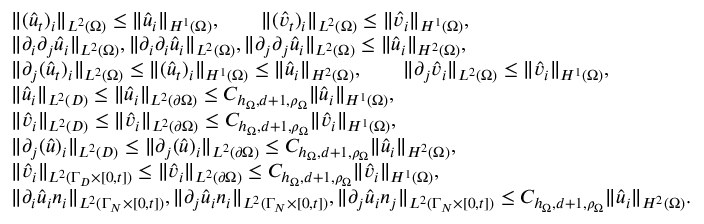
\begin{array} { r l } & { \| ( \hat { u } _ { t } ) _ { i } \| _ { L ^ { 2 } ( \Omega ) } \leq \| \hat { u } _ { i } \| _ { H ^ { 1 } ( \Omega ) } , \qquad \| ( \hat { v } _ { t } ) _ { i } \| _ { L ^ { 2 } ( \Omega ) } \leq \| \hat { v } _ { i } \| _ { H ^ { 1 } ( \Omega ) } , } \\ & { \| \partial _ { i } \partial _ { j } \hat { u } _ { i } \| _ { L ^ { 2 } ( \Omega ) } , \| \partial _ { i } \partial _ { i } \hat { u } _ { i } \| _ { L ^ { 2 } ( \Omega ) } , \| \partial _ { j } \partial _ { j } \hat { u } _ { i } \| _ { L ^ { 2 } ( \Omega ) } \leq \| \hat { u } _ { i } \| _ { H ^ { 2 } ( \Omega ) } , } \\ & { \| \partial _ { j } ( \hat { u } _ { t } ) _ { i } \| _ { L ^ { 2 } ( \Omega ) } \leq \| ( \hat { u } _ { t } ) _ { i } \| _ { H ^ { 1 } ( \Omega ) } \leq \| \hat { u } _ { i } \| _ { H ^ { 2 } ( \Omega ) } , \qquad \| \partial _ { j } \hat { v } _ { i } \| _ { L ^ { 2 } ( \Omega ) } \leq \| \hat { v } _ { i } \| _ { H ^ { 1 } ( \Omega ) } , } \\ & { \| \hat { u } _ { i } \| _ { L ^ { 2 } ( D ) } \leq \| \hat { u } _ { i } \| _ { L ^ { 2 } ( \partial \Omega ) } \leq C _ { h _ { \Omega } , d + 1 , \rho _ { \Omega } } \| \hat { u } _ { i } \| _ { H ^ { 1 } ( \Omega ) } , } \\ & { \| \hat { v } _ { i } \| _ { L ^ { 2 } ( D ) } \leq \| \hat { v } _ { i } \| _ { L ^ { 2 } ( \partial \Omega ) } \leq C _ { h _ { \Omega } , d + 1 , \rho _ { \Omega } } \| \hat { v } _ { i } \| _ { H ^ { 1 } ( \Omega ) } , } \\ & { \| \partial _ { j } ( \hat { u } ) _ { i } \| _ { L ^ { 2 } ( D ) } \leq \| \partial _ { j } ( \hat { u } ) _ { i } \| _ { L ^ { 2 } ( \partial \Omega ) } \leq C _ { h _ { \Omega } , d + 1 , \rho _ { \Omega } } \| \hat { u } _ { i } \| _ { H ^ { 2 } ( \Omega ) } , } \\ & { \| \hat { v } _ { i } \| _ { L ^ { 2 } ( \Gamma _ { D } \times [ 0 , t ] ) } \leq \| \hat { v } _ { i } \| _ { L ^ { 2 } ( \partial \Omega ) } \leq C _ { h _ { \Omega } , d + 1 , \rho _ { \Omega } } \| \hat { v } _ { i } \| _ { H ^ { 1 } ( \Omega ) } , } \\ & { \| \partial _ { i } \hat { u } _ { i } n _ { i } \| _ { L ^ { 2 } ( \Gamma _ { N } \times [ 0 , t ] ) } , \| \partial _ { j } \hat { u } _ { i } n _ { i } \| _ { L ^ { 2 } ( \Gamma _ { N } \times [ 0 , t ] ) } , \| \partial _ { j } \hat { u } _ { i } n _ { j } \| _ { L ^ { 2 } ( \Gamma _ { N } \times [ 0 , t ] ) } \leq C _ { h _ { \Omega } , d + 1 , \rho _ { \Omega } } \| \hat { u } _ { i } \| _ { H ^ { 2 } ( \Omega ) } . } \end{array}